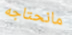
مانحتاجه